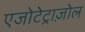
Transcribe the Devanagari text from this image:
एजोटेट्राज़ोल